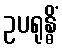
ဥပရုန္ဓိံ